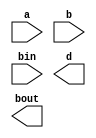
module fs(a,b,bin,d,bout);
input a,b,bin;
output d,bout;



endmodule